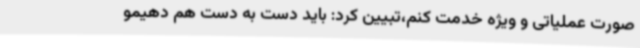
صورت عملیاتی و ویژه خدمت کنم،تبیین کرد: باید دست به دست هم دهیمو